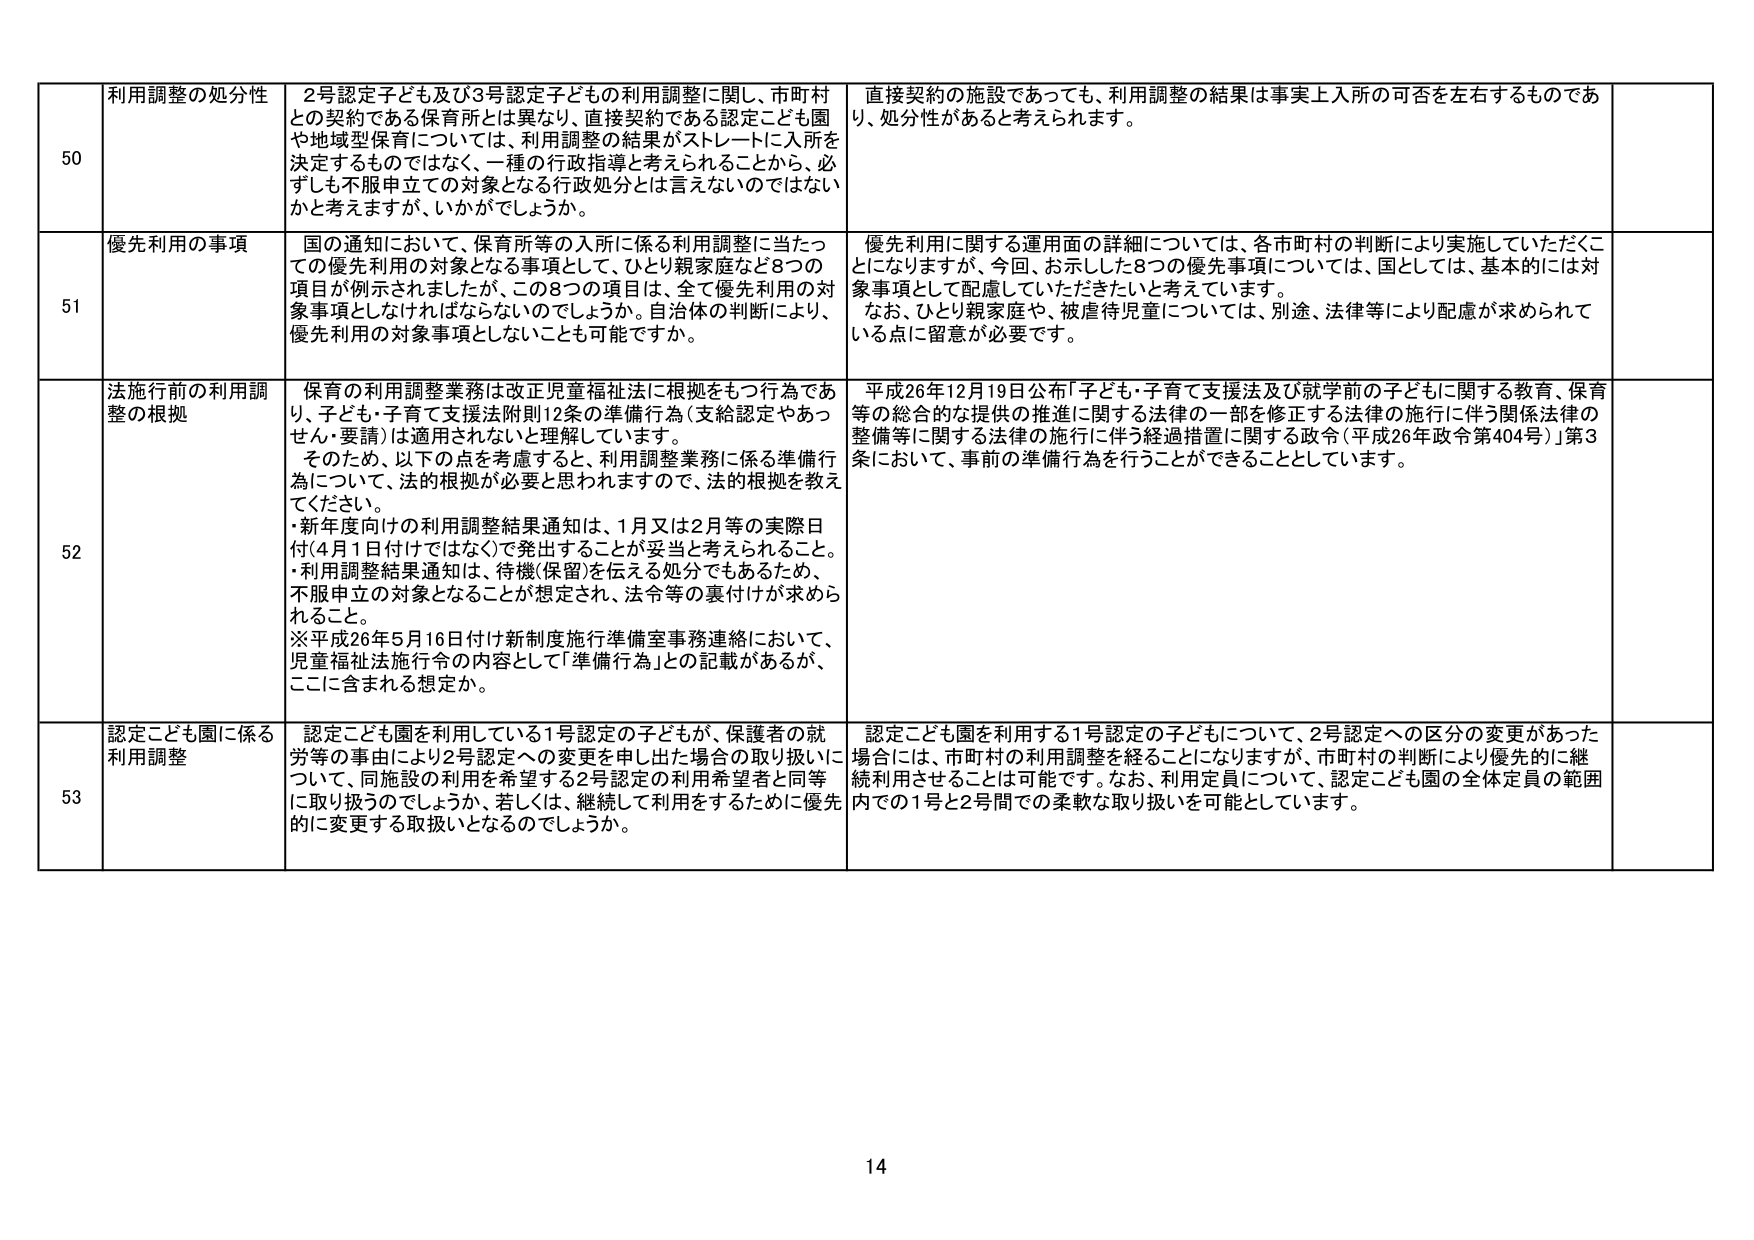
50 利用調整の処分性 2号認定子ども及び3号認定子どもの利用調整に関し、市町村との契約である保育所とは異なり、直接契約である認定こども園や地域型保育については、利用調整の結果がストレートに入所を決定するものではなく、一種の行政指導と考えられることから、必ずしも不服申立ての対象となる行政処分とは言えないのではない かと考えますが、いかがでしょうか。 直接契約の施設であっても、利用調整の結果は事実上入所の可否を左右するものであり、処分性があると考えられます。

51 優先利用の事項 国の通知において、保育所等の入所に係る利用調整に当たっての優先利用の対象となる事項として、ひとり親家庭など8つの項目が例示されましたが、この8つの項目は、全て優先利用の対象事項としなければならないのでしょうか。自治体の判断により、優先利用の対象事項としないことも可能ですか。 優先利用に関する運用面の詳細については、各市町村の判断により実施していただくことになりますが、今回、お示しした8つの優先事項については、国としては、基本的には対象事項として配慮していただきたいと考えています。 なお、ひとり親家庭や、被虐待児童については、別途、法律等により配慮が求められている点に留意が必要です。

52 法施行前の利用調整の根拠 保育の利用調整業務は改正児童福祉法に根拠をもつ行為であり、子ども・子育て支援法附則12条の準備行為（支給認定やあっせん・要請）は適用されないと理解しています。 そのため、以下の点を考慮すると、利用調整業務に係る準備行為について、法的根拠が必要と思われますので、法的根拠を教えてください。 ・新年度向けの利用調整結果通知は、1月又は2月等の実際日付（4月1日付けではなく）で発出することが妥当と考えられること。 ・利用調整結果通知は、待機（保留）を伝える処分でもあるため、不服申立の対象となることが想定され、法令等の裏付けが求められること。 ※平成26年5月16日付け新制度施行準備室事務連絡において、児童福祉法施行令の内容として「準備行為」との記載があるが、ここに含まれる想定か。 平成26年12月19日公布「子ども・子育て支援法及び就学前の子どもに関する教育、保育等の総合的な提供の推進に関する法律の一部を修正する法律の施行に伴う関係法律の整備等に関する法律の施行に伴う経過措置に関する政令（平成26年政令第404号）」第3条において、事前の準備行為を行うことができることとしています。

53 認定こども園に係る利用調整 認定こども園を利用している1号認定の子どもが、保護者の就労等の事由により2号認定への変更を申し出た場合の取り扱いについて、同施設の利用を希望する2号認定の利用希望者と同等に取り扱うのでしょうか、若しくは、継続して利用をするために優先的に変更する取扱いとなるのでしょうか。 認定こども園を利用する1号認定の子どもについて、2号認定への区分の変更があった場合には、市町村の利用調整を経ることになりますが、市町村の判断により優先的に継続利用させることは可能です。なお、利用定員について、認定こども園の全体定員の範囲内での1号と2号間での柔軟な取り扱いを可能としています。

14